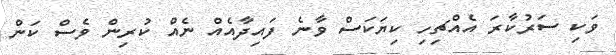
ވަކި ސަރުކާާރަ އެއްޗިހި ކިޔަކަސް ވާނެ ފައިދާއެއް ނެއް ކުރިން ވެސް ކަން